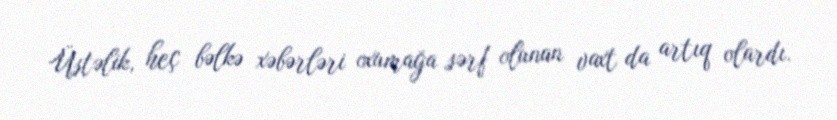
Üstəlik, heç bəlkə xəbərləri oxumağa sərf olunan vaxt da artıq olardı.